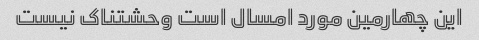
این چهارمین مورد امسال است وحشتناک نیست